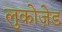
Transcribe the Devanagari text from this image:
लुकोज़ेड